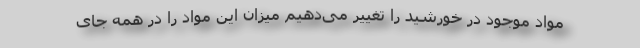
مواد موجود در خورشید را تغییر می‌دهیم میزان این مواد را در همه جای